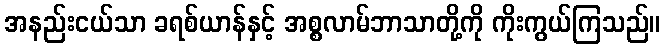
အနည်းငယ်သာ ခရစ်ယာန်နှင့် အစ္စလာမ်ဘာသာတို့ကို ကိုးကွယ်ကြသည်။